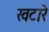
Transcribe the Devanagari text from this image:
खटारे